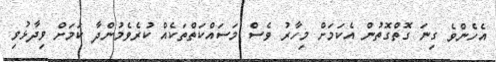
އެހެންވެ ގިނަ ގޮތްގޮތުން އެކަމަށް މިހާރު ވެސް މަސައްކަތްތަކެއްް ކުރެވެމުންދާ ކަމަށް ވިދާޅުވި